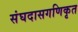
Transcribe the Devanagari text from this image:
संघदासगणिकृत